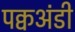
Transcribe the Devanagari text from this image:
पक्वअंडी